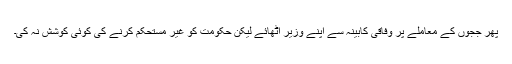
پھر ججوں کے معاملے پر وفاقی کابینہ سے اپنے وزیر اٹھائے لیکن حکومت کو غیر مستحکم کرنے کی کوئی کوشش نہ کی۔